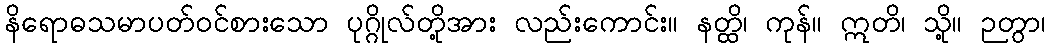
နိရောဓသမာပတ်ဝင်စားသော ပုဂ္ဂိုလ်တို့အား လည်းကောင်း။ နတ္ထိ၊ ကုန်။ ဣတိ၊ သို့။ ဉတွာ၊